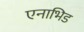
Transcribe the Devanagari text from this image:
एनाभिड